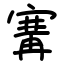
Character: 㝤